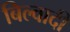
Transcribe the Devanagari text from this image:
बिल्वादी